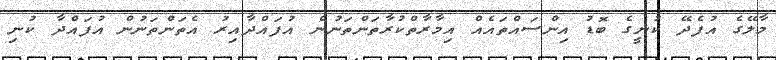
މާލޭގެ އުފެދޭ ކުނީގެ ބޮޑު އިންސައްތައެއް އިމާރާތްކުރާތަންތަނުން އުފައްދާއިރު އެތަންތަނުން އުފައްދާ ކުނި